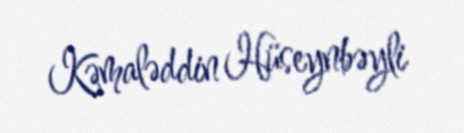
Kəmaləddin Hüseynbəyli